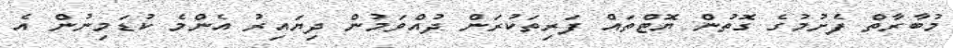
މުބާރާތް ފެށުމުގެ ގޮތުން ޔޮޓްތައް ފަރިތަކުރަން ދުއްވަމުން ދިޔައިރު އެންމެ ކުޑަމިނުން އެ